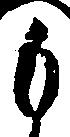
も